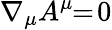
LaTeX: \nabla_{\mu}A^{\mu}\! \! =\! 0